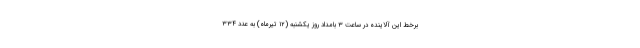
برخط این آلاینده در ساعت ۳ بامداد روز یکشنبه (۱۲ تیرماه) به عدد ۳۳۴